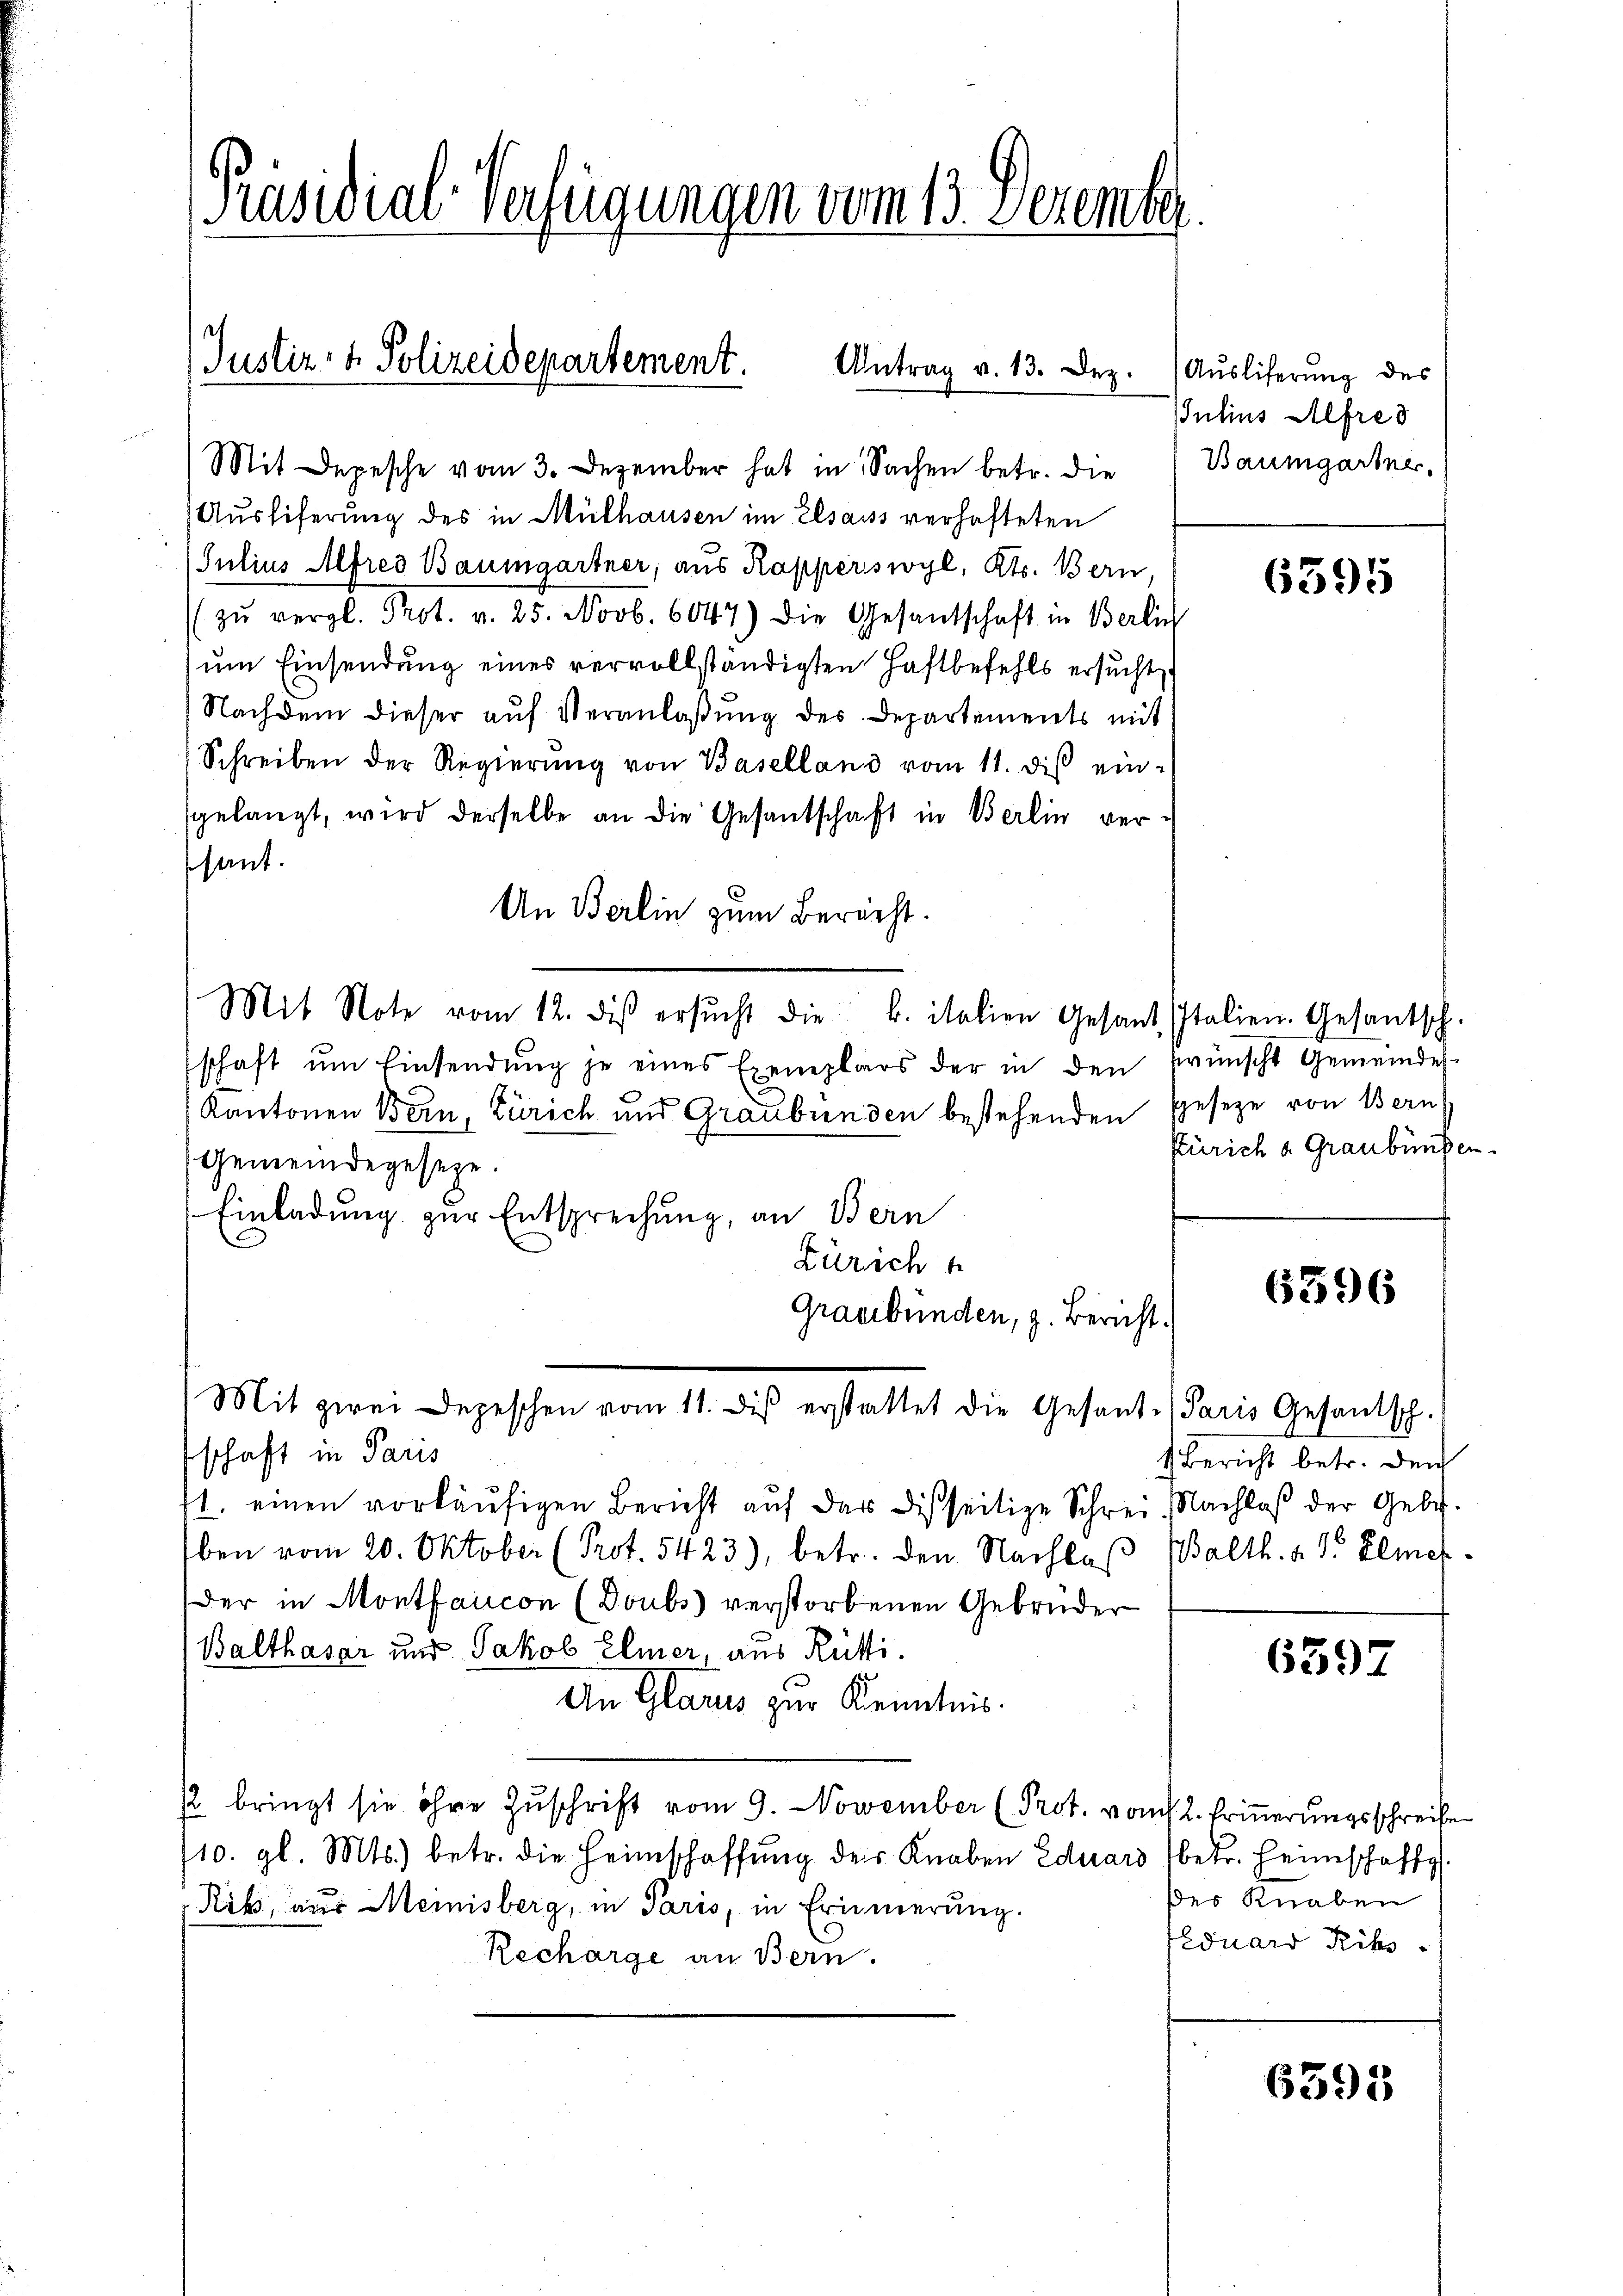
[Präsidial-Verfügungen vom 13. Dezembe

Justiz- & Polizeidepartement. Antrag v. 13. Dez.

Mit Depesche vom 3. Dezember hat in Sachen betr. die Baumgartner,
Auslieferung des in Mülhausen im Elsauss verhafteten
Julius Alfres Baumgartner; aus Kapperswyl, Kts. Bern,
zŭ vergl. Prot. v. 25. Novb. 6047) die Gesandschaft in Berlin
ŭm Einsendung eines vervollständigten Haftbefehls ersucht,
Nachdem dieser aŭf Veranlaβŭng des Departements mit
Schreiben der Regierŭng von Baselland vom 11. diβ ein-
sgelangt, wird derselbe an die Gesandschaft in Berlin versant.
An Berlin zum Berecht.
Mit Note vom 12. des ersŭcht die k. italien Gesand Italien-Gesantsch.
schaft ŭm Einsendŭng je eines Exemplars der in den wünscht Gemeindes-
Kantonen Bern, Zürich und Graubünden bestehenden Geseze von Bern
Gemeindegeseze.
Einladung zur Entsprechung, an Bern
Zürich
Graubünden, z. Bericht.
Mit zwei Depeschen vom 11. diβ erstattet die Gesand- Paris Gesantsch.
schaft in Paris
11. einen vorläufigen Bericht auf das disseitige Schrei, Nachlaβ der Gebet.
ben vom 20. Oktober (Prot. 5423), betr. den Nachlas
Der in Montfaricon (Doubs verstorbenen Gebrüder
Balthasar und Jakob Elmer, aus Rütti.
An Glarus zur Kenntnis.
/2 bringt sie ihre Zuschrift vom 9. November (Prot. vom 12. Erinnerungsschreibe
10. gl. Mts. betr. die Heimschaffŭng der Knaben Eduars (betr. Heimschaffe
Rib, aus Meinisberg, in Paris, in Erinnerung.
Recharge an Bern.

Ausliferung des
JJulius Alfred

6595

Zürich a. Graubungen.

6396

4 Bericht betr. den
Balth. d. d. Elmer

6397

des Knaben
Feduard Riks.

6391